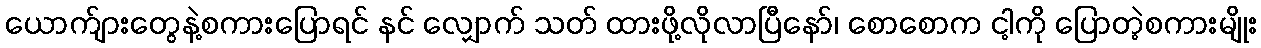
ယောက်ျားတွေနဲ့စကားပြောရင် နင် လျှောက် သတ် ထားဖို့လိုလာပြီနော်၊ စောစောက ငါ့ကို ပြောတဲ့စကားမျိုး